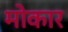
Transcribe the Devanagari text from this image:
मोकार